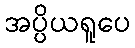
အပ္ပိယရူပေ